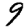
Digit: 9